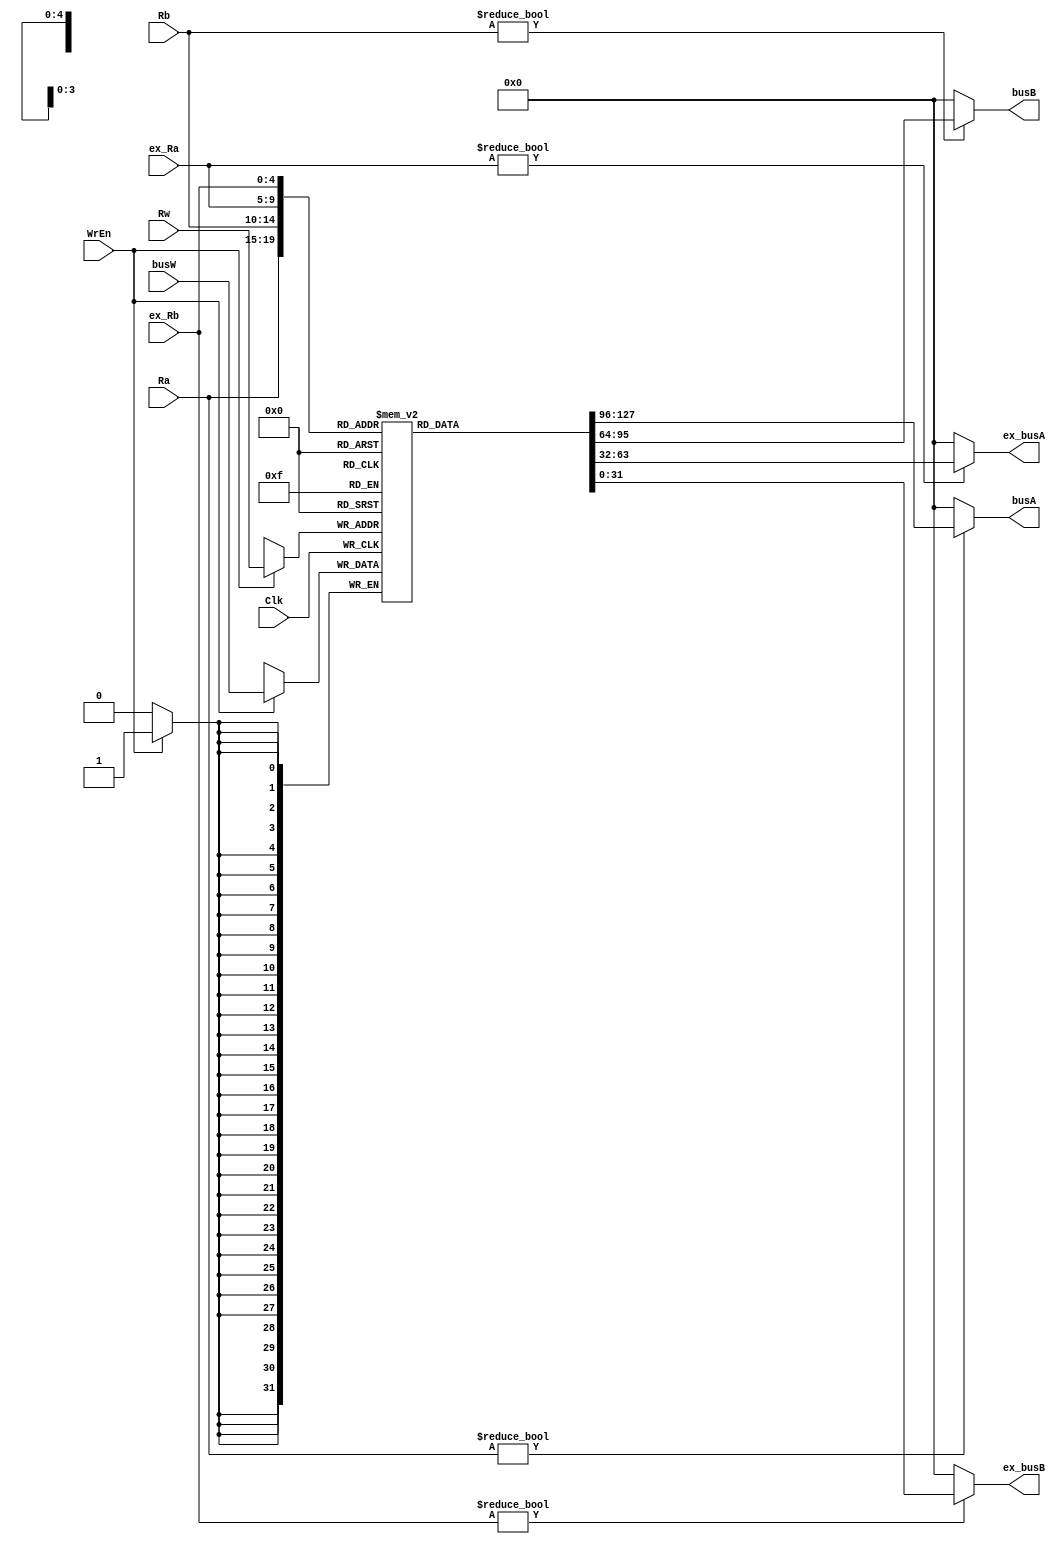

module rf(Clk,WrEn,Ra,Rb,Rw,busW,busA,busB,ex_Ra,ex_Rb,ex_busA,ex_busB);//que shao R
	input 			Clk;
	input 			WrEn;
	input  [4:0]	Ra,Rb,Rw;
	input  [31:0]	busW;
	input  [4:0]	ex_Ra,ex_Rb;

	output [31:0]	busA,busB;
	output [31:0]	ex_busA,ex_busB;
	reg    [31:0] 	R[0:31];

	integer i,j;
	initial begin		
		for (i=0;i<32;i=i+1) R[i] = 0;
		R[10] = 32'd7;
		R[11] = 32'd15;
		R[20] = 32'd128;
	end
	always @(posedge Clk)	begin
		if(WrEn) R[Rw] <= busW;	//
		//$display(ex_Ra);
		//$display(R[ex_Ra]);
	end

	assign busA = (Ra != 5'd0)? R[Ra]: 32'd0;
	assign busB = (Rb != 5'd0)? R[Rb]: 32'd0;

	assign ex_busA = (ex_Ra != 5'd0)? R[ex_Ra]: 32'd0;
	assign ex_busB = (ex_Rb != 5'd0)? R[ex_Rb]: 32'd0;
endmodule